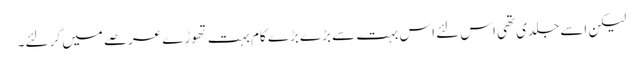
لیکن اسے جلدی تھی اس لئے اس بہت سے بڑے بڑے کام بہت تھوڑے عرصے میں کر لئے۔